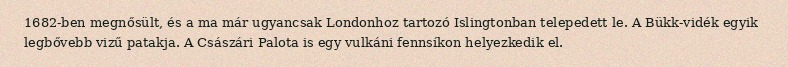
1682-ben megnősült, és a ma már ugyancsak Londonhoz tartozó Islingtonban telepedett le. A Bükk-vidék egyik legbővebb vizű patakja. A Császári Palota is egy vulkáni fennsíkon helyezkedik el.